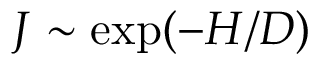
J \sim \exp ( - H / D )